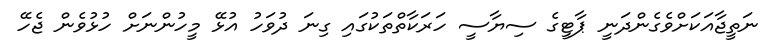
ނަތީޖާއަކަށްވެގެންދަނީ ޕާޓީގެ ސިޔާސީ ހަރަކާތްތަކުގައި ގިނަ ދުވަހު އުޅޭ މީހުންނަށް ހުޅުވެން ޖެހޭ